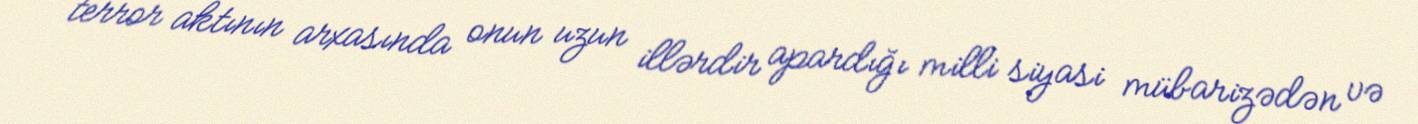
terror aktının arxasında onun uzun illərdir apardığı milli siyasi mübarizədən və